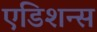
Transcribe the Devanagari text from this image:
एडिशन्स